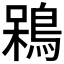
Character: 𪁣